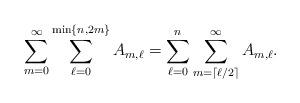
LaTeX: \begin{align*}\sum_{m=0}^{\infty}\sum_{\ell=0}^{\min\{n,2m\}}A_{m,\ell}=\sum_{\ell=0}^n\sum_{m=\lceil\ell/2\rceil}^{\infty}A_{m,\ell}.\end{align*}